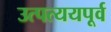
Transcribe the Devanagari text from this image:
उत्पत्ययपूर्व